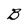
Character: B